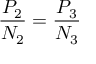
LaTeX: { \frac { P _ { 2 } } { N _ { 2 } } } = { \frac { P _ { 3 } } { N _ { 3 } } }